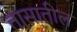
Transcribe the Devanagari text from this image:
तासातील